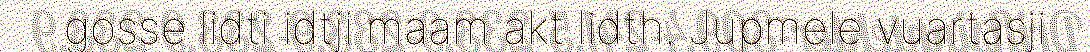
gosse lidti idtji maam akt lidth. Jupmele vuartasji